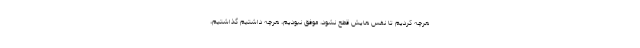
هرچه کردیم تا نفس هایش قطع نشود، موفق نبودیم، هرچه داشتیم گذاشتیم،